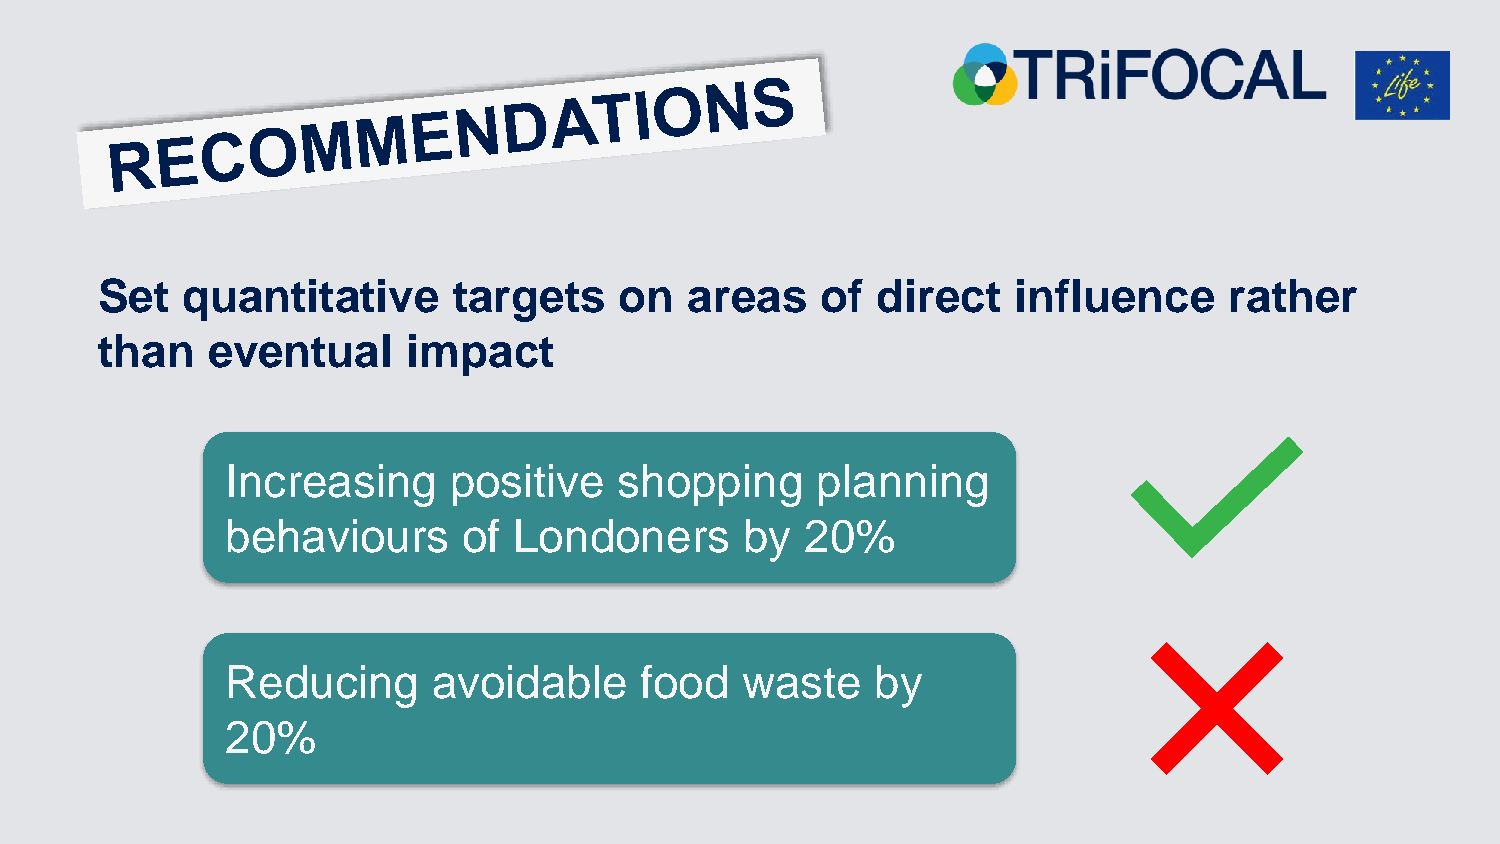
Set   quantitative      targets    on   areas   of  direct   influence     rather
 than    eventual     impact
 Increasing     positive   shopping     planning
 behaviours      of Londoners      by  20%
 Reducing      avoidable    food   waste    by
 20%